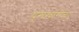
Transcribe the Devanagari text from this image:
घुसखोरीचा